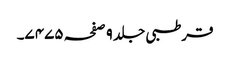
قرطبی جلد ٩ صفحہ ٧٤٧٥۔